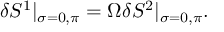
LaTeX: \delta S ^ { 1 } | _ { \sigma = 0 , \pi } = \Omega \delta S ^ { 2 } | _ { \sigma = 0 , \pi } .